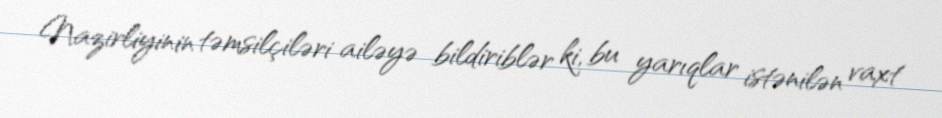
Nazirliyinin təmsilçiləri ailəyə bildiriblər ki, bu yarıqlar istənilən vaxt